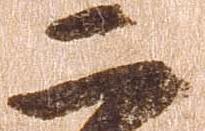
二